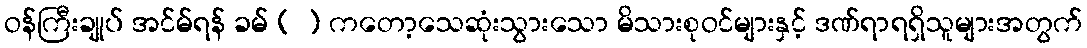
ဝန်ကြီးချုပ် အင်မ်ရန် ခမ် ( ) ကတော့သေဆုံးသွားသော မိသားစုဝင်များနှင့် ဒဏ်ရာရရှိသူများအတွက်